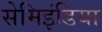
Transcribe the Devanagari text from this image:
सेमिइंडिया